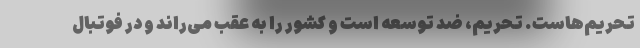
تحریم‌هاست. تحریم، ضد توسعه است و کشور را به عقب می‌راند و در فوتبال